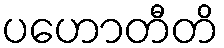
ပဟောတီတိ